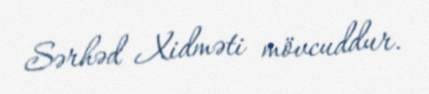
Sərhəd Xidməti mövcuddur.